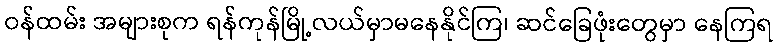
ဝန်ထမ်း အများစုက ရန်ကုန်မြို့လယ်မှာမနေနိုင်ကြ၊ ဆင်ခြေဖုံးတွေမှာ နေကြရ